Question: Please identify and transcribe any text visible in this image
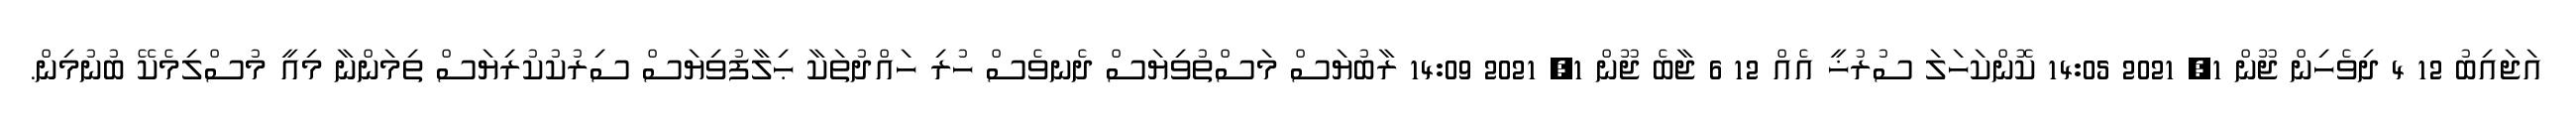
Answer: އަޖައިބު 12 4 ދިވެހިން ޖޫން 1, 2021 14:05 ކޮންކަހަލަ ސުރުޚީ އެއް 12 6 ޖާބެ ޖޫން 1, 2021 14:09 ރާބުޔަސް މަސްތުވިޔަސް ދެނވެސް ހުރި ހައްދުތަކާ ޙިލާފުވިޔަސް ސިރުކުކުރިޔަސް ތިމަންނާ މިއީ މުސްލިމެކޭ ބުނުމިން.